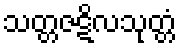
သတ္တဇဋိလသုတ္တံ